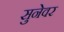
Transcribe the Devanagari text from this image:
सुनेवर